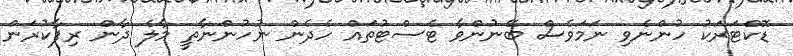
ޑޮކްޓަރަކު ހުންނެވި ނަމަވެސް ބޭނުންވާ ޓެސްޓުތައް ހެދެން ނުހުންނާތީ މާލެ ދާން ރިފާކުރަން